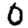
Digit: 0